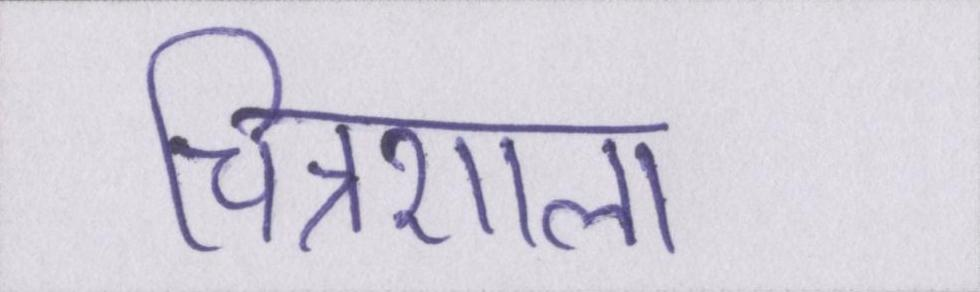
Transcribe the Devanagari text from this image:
चित्रशाला